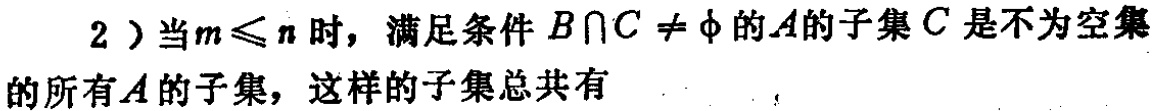
2）当\(m\leq n\)时，满足条件\(B\cap C\neq\varnothing\)的\(A\)的子集\(C\)是不为空集的所有\(A\)的子集，这样的子集总共有